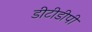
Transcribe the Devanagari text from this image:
डीटीडीपी